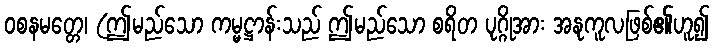
ဝစနမတ္တေ၊ (ဤမည်သော ကမ္မဋ္ဌာန်းသည် ဤမည်သော စရိတ ပုဂ္ဂိုအား အနုကူလဖြစ်၏ဟူ၍